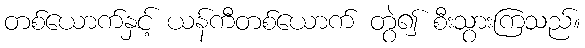
တစ်ယောက်နှင့် ယန်ကီတစ်ယောက် တွဲ၍ စီးသွားကြသည်။